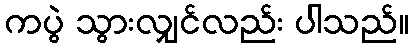
ကပွဲ သွားလျှင်လည်း ပါသည်။